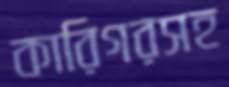
কারিগরসহ